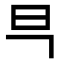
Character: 𭥋